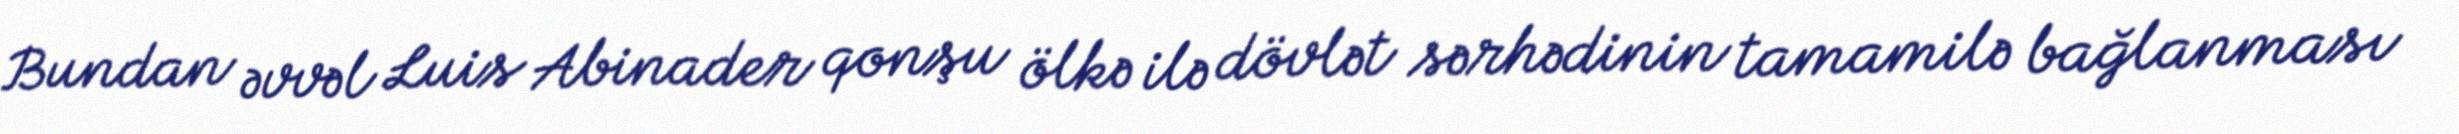
Bundan əvvəl Luis Abinader qonşu ölkə ilə dövlət sərhədinin tamamilə bağlanması